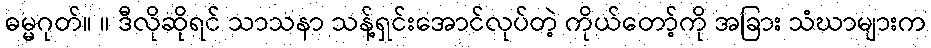
ဓမ္မဂုတ်။ ။ ဒီလိုဆိုရင် သာသနာ သန့်ရှင်းအောင်လုပ်တဲ့ ကိုယ်တော့်ကို အခြား သံဃာများက